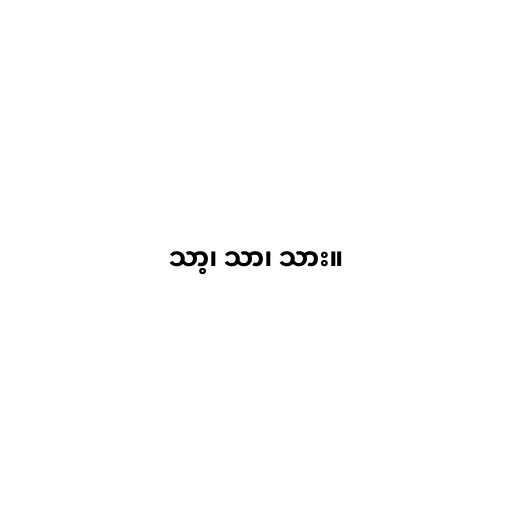
သာ့၊ သာ၊ သား။